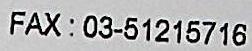
FAX: 03-51215716